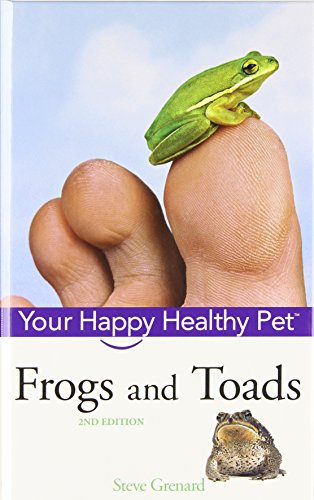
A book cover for Frogs and Toads: Your Happy Healthy Pet; Steve Grenard; Crafts, Hobbies & Home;